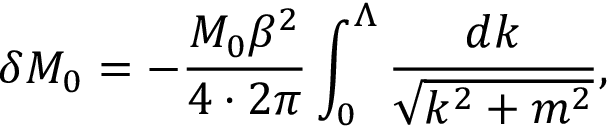
\delta M _ { 0 } = - \frac { M _ { 0 } \beta ^ { 2 } } { 4 \cdot 2 \pi } \int _ { 0 } ^ { \Lambda } \frac { d k } { \sqrt { k ^ { 2 } + m ^ { 2 } } } ,